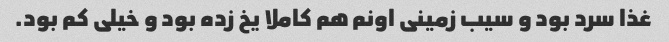
غذا سرد بود و سیب زمینی اونم هم کاملا یخ زده بود و خیلی کم بود.